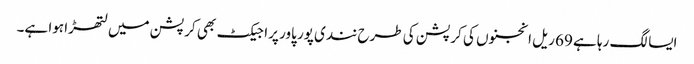
ایسا لگ رہا ہے 69 ریل انجنوں کی کرپشن کی طرح نندی پور پاور پراجیکٹ بھی کرپشن میں لتھڑا ہوا ہے۔